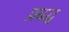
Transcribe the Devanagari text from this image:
प्रबद्ध